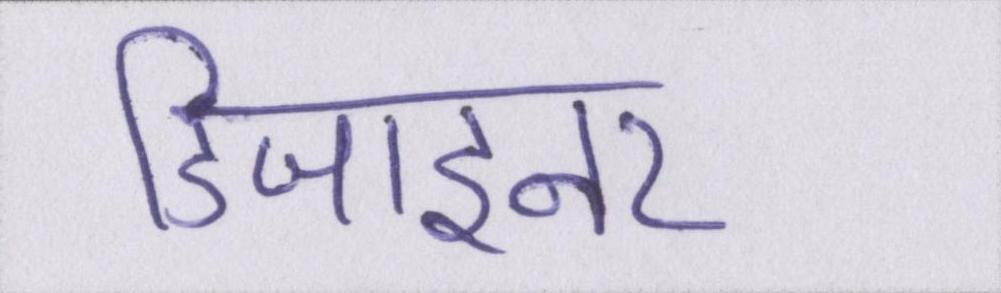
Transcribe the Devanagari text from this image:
डिजाइनर